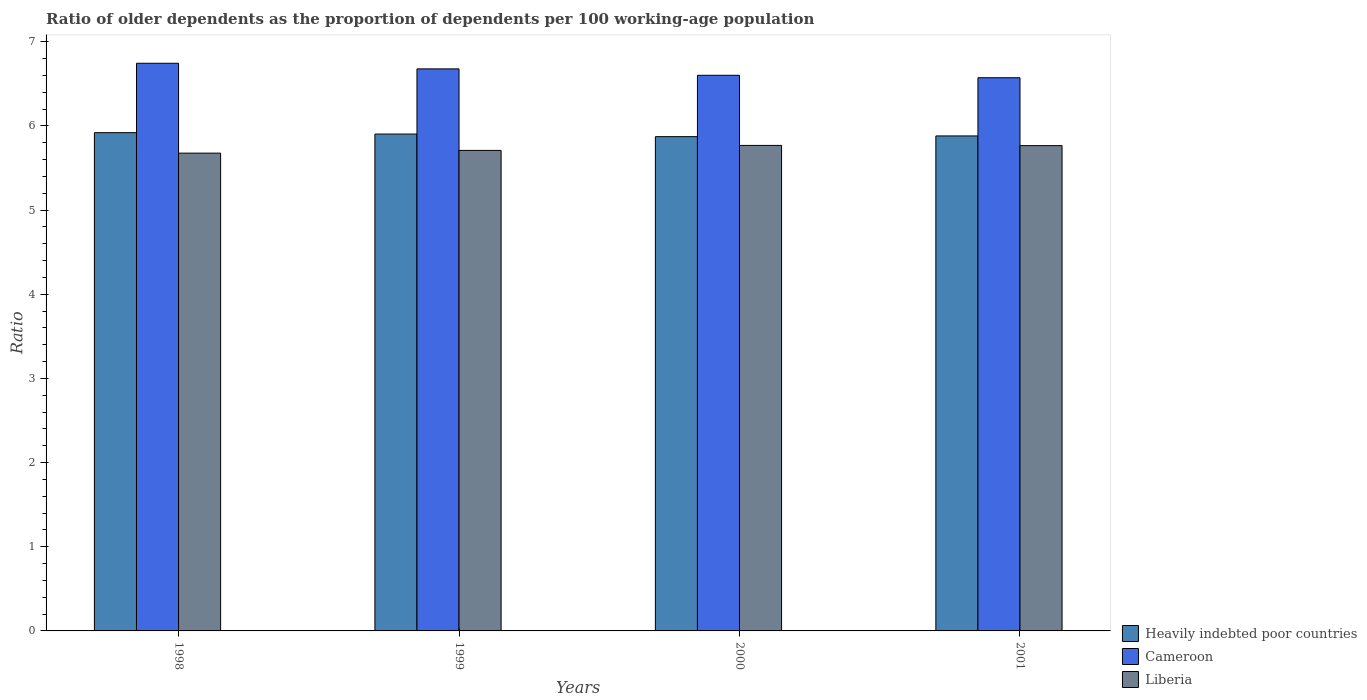
| Years | Heavily indebted poor countries | Cameroon | Liberia |
 | --- | --- | --- | --- |
 | 1998 | 5.92 | 6.75 | 5.68 |
 | 1999 | 5.9 | 6.68 | 5.71 |
 | 2000 | 5.87 | 6.6 | 5.77 |
 | 2001 | 5.88 | 6.57 | 5.77 |